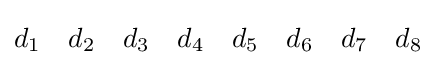
d_{1}\quad d_{2}\quad d_{3}\quad d_{4}\quad d_{5}\quad d_{6}\quad d_{7}\quad d_{8}